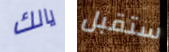
يالك ستقبل